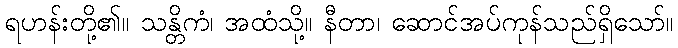
ရဟန်းတို့၏။ သန္တိကံ၊ အထံသို့။ နီတာ၊ ဆောင်အပ်ကုန်သည်ရှိသော်။